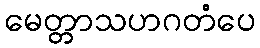
မေတ္တာသဟဂတံပေ